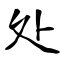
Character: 处